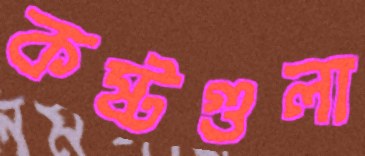
কষ্টগুলা